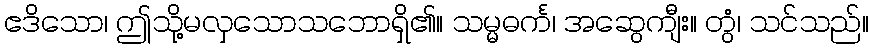
ဧဒိသော၊ ဤသို့မလှသောသဘောရှိ၏။ သမ္မဓင်္က၊ အဆွေကျီး။ တွံ၊ သင်သည်။